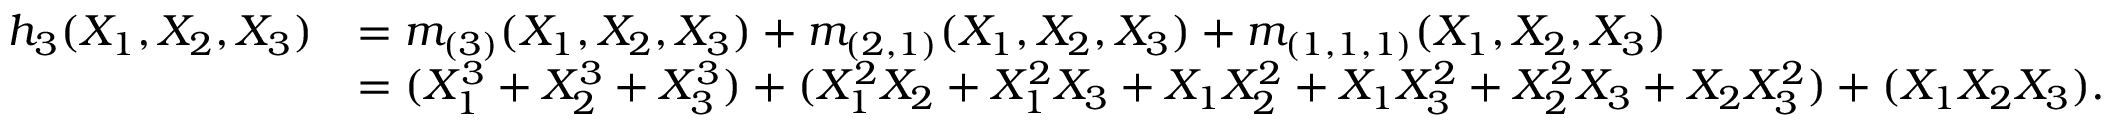
{ \begin{array} { r l } { h _ { 3 } ( X _ { 1 } , X _ { 2 } , X _ { 3 } ) } & { = m _ { ( 3 ) } ( X _ { 1 } , X _ { 2 } , X _ { 3 } ) + m _ { ( 2 , 1 ) } ( X _ { 1 } , X _ { 2 } , X _ { 3 } ) + m _ { ( 1 , 1 , 1 ) } ( X _ { 1 } , X _ { 2 } , X _ { 3 } ) } \\ & { = ( X _ { 1 } ^ { 3 } + X _ { 2 } ^ { 3 } + X _ { 3 } ^ { 3 } ) + ( X _ { 1 } ^ { 2 } X _ { 2 } + X _ { 1 } ^ { 2 } X _ { 3 } + X _ { 1 } X _ { 2 } ^ { 2 } + X _ { 1 } X _ { 3 } ^ { 2 } + X _ { 2 } ^ { 2 } X _ { 3 } + X _ { 2 } X _ { 3 } ^ { 2 } ) + ( X _ { 1 } X _ { 2 } X _ { 3 } ) . } \end{array} }